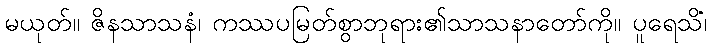
မယုတ်။ ဇိနသာသနံ၊ ကဿပမြတ်စွာဘုရား၏သာသနာတော်ကို။ ပူရေသိံ၊